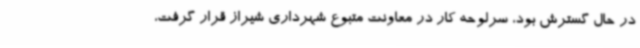
در حال گسترش بود، سرلوحه کار در معاونت متبوع شهرداری شیراز قرار گرفت،